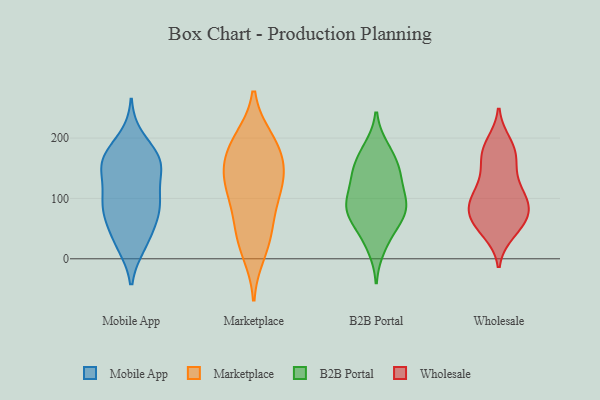
{"axis": {"x": "Backlog", "y": "Value"}, "legend": ["B2B Portal", "Marketplace", "Mobile App", "Wholesale"], "data": [{"x": "", "y": 166, "type": "Mobile App"}, {"x": "", "y": 137, "type": "Mobile App"}, {"x": "", "y": 67, "type": "Mobile App"}, {"x": "", "y": 23, "type": "Mobile App"}, {"x": "", "y": 154, "type": "Mobile App"}, {"x": "", "y": 93, "type": "Mobile App"}, {"x": "", "y": 80, "type": "Mobile App"}, {"x": "", "y": 200, "type": "Mobile App"}, {"x": "", "y": 94, "type": "Mobile App"}, {"x": "", "y": 23, "type": "Mobile App"}, {"x": "", "y": 160, "type": "Mobile App"}, {"x": "", "y": 166, "type": "Mobile App"}, {"x": "", "y": 108, "type": "Mobile App"}, {"x": "", "y": 168, "type": "Mobile App"}, {"x": "", "y": 37, "type": "Mobile App"}, {"x": "", "y": 66, "type": "Mobile App"}, {"x": "", "y": 96, "type": "Mobile App"}, {"x": "", "y": 155, "type": "Mobile App"}, {"x": "", "y": 38, "type": "Marketplace"}, {"x": "", "y": 197, "type": "Marketplace"}, {"x": "", "y": 10, "type": "Marketplace"}, {"x": "", "y": 146, "type": "Marketplace"}, {"x": "", "y": 133, "type": "Marketplace"}, {"x": "", "y": 125, "type": "Marketplace"}, {"x": "", "y": 174, "type": "Marketplace"}, {"x": "", "y": 96, "type": "Marketplace"}, {"x": "", "y": 79, "type": "Marketplace"}, {"x": "", "y": 40, "type": "Marketplace"}, {"x": "", "y": 129, "type": "Marketplace"}, {"x": "", "y": 198, "type": "Marketplace"}, {"x": "", "y": 176, "type": "Marketplace"}, {"x": "", "y": 177, "type": "B2B Portal"}, {"x": "", "y": 151, "type": "B2B Portal"}, {"x": "", "y": 136, "type": "B2B Portal"}, {"x": "", "y": 19, "type": "B2B Portal"}, {"x": "", "y": 62, "type": "B2B Portal"}, {"x": "", "y": 183, "type": "B2B Portal"}, {"x": "", "y": 80, "type": "B2B Portal"}, {"x": "", "y": 143, "type": "B2B Portal"}, {"x": "", "y": 73, "type": "B2B Portal"}, {"x": "", "y": 42, "type": "B2B Portal"}, {"x": "", "y": 94, "type": "B2B Portal"}, {"x": "", "y": 139, "type": "B2B Portal"}, {"x": "", "y": 99, "type": "B2B Portal"}, {"x": "", "y": 82, "type": "B2B Portal"}, {"x": "", "y": 96, "type": "B2B Portal"}, {"x": "", "y": 99, "type": "Wholesale"}, {"x": "", "y": 104, "type": "Wholesale"}, {"x": "", "y": 67, "type": "Wholesale"}, {"x": "", "y": 137, "type": "Wholesale"}, {"x": "", "y": 69, "type": "Wholesale"}, {"x": "", "y": 191, "type": "Wholesale"}, {"x": "", "y": 174, "type": "Wholesale"}, {"x": "", "y": 114, "type": "Wholesale"}, {"x": "", "y": 85, "type": "Wholesale"}, {"x": "", "y": 156, "type": "Wholesale"}, {"x": "", "y": 65, "type": "Wholesale"}, {"x": "", "y": 65, "type": "Wholesale"}, {"x": "", "y": 173, "type": "Wholesale"}, {"x": "", "y": 102, "type": "Wholesale"}, {"x": "", "y": 183, "type": "Wholesale"}, {"x": "", "y": 90, "type": "Wholesale"}, {"x": "", "y": 44, "type": "Wholesale"}, {"x": "", "y": 47, "type": "Wholesale"}]}